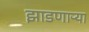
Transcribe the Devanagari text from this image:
झाडणाऱ्या